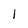
Character: l